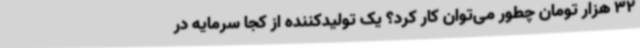
32 هزار تومان چطور می‌توان کار کرد؟ یک تولیدکننده از کجا سرمایه در